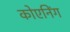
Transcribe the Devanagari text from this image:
कोएनिंग